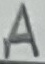
Text: A